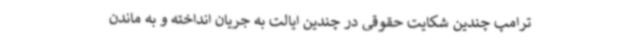
ترامپ چندین شکایت حقوقی در چندین ایالت به جریان انداخته و به ماندن